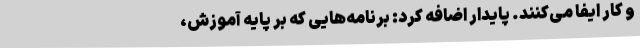
و کار ایفا می‌کنند. پایدار اضافه کرد: برنامه‌هایی که بر پایه آموزش‌،